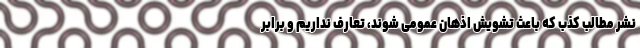
نشر مطالب کذب که باعث تشویش اذهان عمومی شوند، تعارف نداریم و برابر